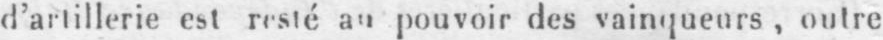
d’artillerie est resté au pouvoir des vainqueurs, outre